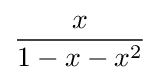
{\frac {x}{1-x-x^{2}}}